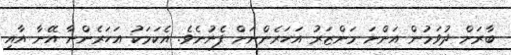
ބާރަށް ދުވަމުން އަންނަ މަންޒަރު އަހަރެންނަށް ފެނުނެވެ. އެކަމަކު އަހަރެންނާ އޭނާ އާއި